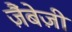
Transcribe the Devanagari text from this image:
ज़ैंबेज़ी